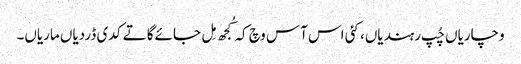
وچاریاں چُپ رہندیاں، کئی اس آس وچ کہ کُجھ مِل جائےگا تے کدی ڈردیاں ماریاں۔